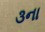
૩ના